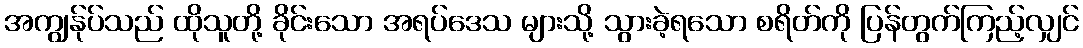
အကျွန်ုပ်သည် ထိုသူတို့ ခိုင်းသော အရပ်ဒေသ များသို့ သွားခဲ့ရသော စရိတ်ကို ပြန်တွက်ကြည့်လျှင်